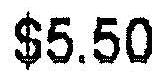
$5.50